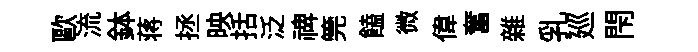
歐流鉢蒋拯映括泛禆筦饁微偉奮雜乳廵閇